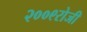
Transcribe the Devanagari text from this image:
२००९रोजी